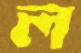
ল